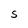
Character: S